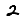
Digit: 2